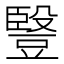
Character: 䝂